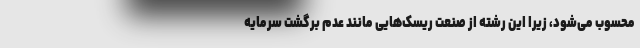
محسوب می‌شود، زیرا این رشته از صنعت ریسک‌هایی مانند عدم برگشت سرمایه